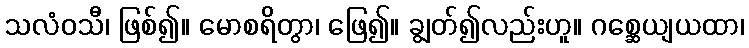
သလံဝသီ၊ ဖြစ်၍။ မောစရိတွာ၊ ဖြေ၍။ ချွတ်၍လည်းဟူ။ ဂစ္ဆေယျယထာ၊